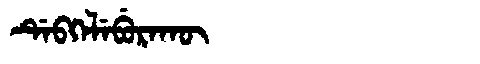
Manchu: ᡩᡝᠪᡴᡝᠯᡝᠪᡠᡵᠠᡴᡡ
Romanization: DEBKELEBURAKŪ